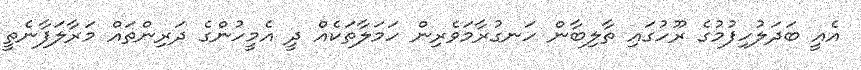
އެއީ ބަދަލުހިފުމުގެ ރޫހުގައި ތާލިބާން ހަނގުރާމަވެރިން ހަމަލާތަކެއް ދީ އެމީހުންގެ ދަރިންތައް މަރާލަފާނެތީ